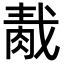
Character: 𦛹